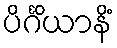
ပိင်္ဂိယာနိံ